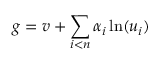
g = v + \sum _ { i < n } \alpha _ { i } \ln ( u _ { i } )